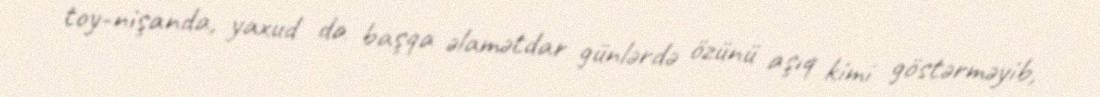
toy-nişanda, yaxud da başqa əlamətdar günlərdə özünü aşıq kimi göstərməyib,